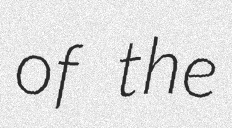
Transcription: of the